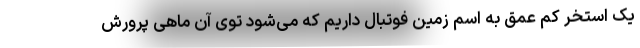
یک استخر کم عمق به اسم زمین فوتبال داریم که می‌شود توی آن ماهی پرورش